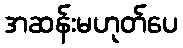
အဆန်းမဟုတ်ပေ